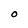
Character: O